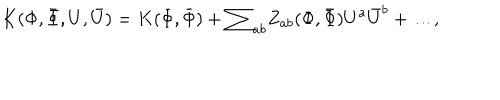
K ( \Phi , { \bar { \Phi } } , U , { \bar { U } } ) = K ( { \Phi } , { \bar { \Phi } } ) + { \sum } _ { a b } Z _ { a b } ( { \Phi } , { \bar { \Phi } } ) U ^ { a } { \bar { U } } ^ { b } + { \dots } ,